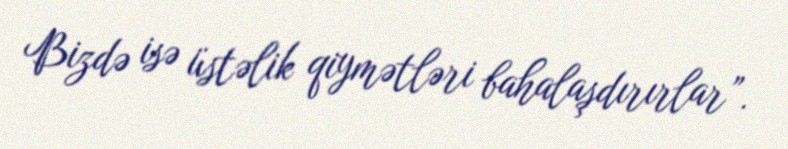
Bizdə isə üstəlik qiymətləri bahalaşdırırlar”.